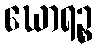
ဃောရဉ္စ